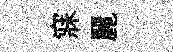
寐麗